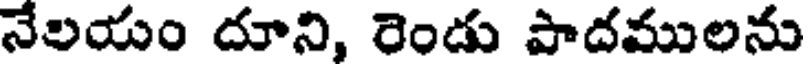
నేలయం దూని, రెండు పాదములను